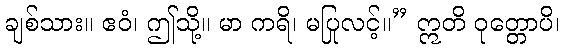
ချစ်သား။ ဧဝံ၊ ဤသို့။ မာ ကရိ၊ မပြုလင့်။” ဣတိ ဝုတ္တောပိ၊